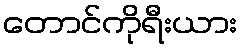
တောင်ကိုရီးယား